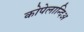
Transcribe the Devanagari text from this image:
कोपेलान्दिअ